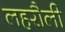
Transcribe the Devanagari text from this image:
लहरौली